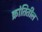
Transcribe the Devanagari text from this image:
क्रांतितील